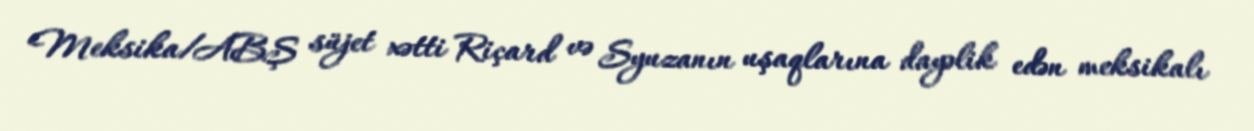
Meksika/ABŞ süjet xətti Riçard və Syuzanın uşaqlarına dayəlik edən meksikalı